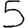
Digit: 5